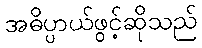
အဓိပ္ပာယ်ဖွင့်ဆိုသည်